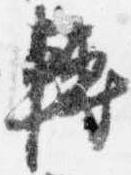
転